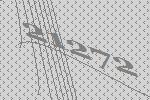
21272